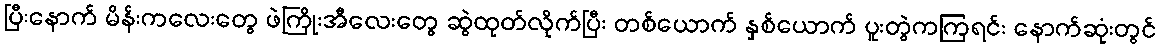
ပြီးနောက် မိန်းကလေးတွေ ဖဲကြိုးအီလေးတွေ ဆွဲထုတ်လိုက်ပြီး တစ်ယောက် နှစ်ယောက် ပူးတွဲကကြရင်း နောက်ဆုံးတွင်